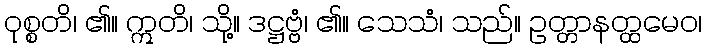
ဝုစ္စတိ၊ ၏။ ဣတိ၊ သို့။ ဒဋ္ဌဗ္ဗံ၊ ၏။ သေသံ၊ သည်။ ဥတ္တာနတ္ထမေဝ၊